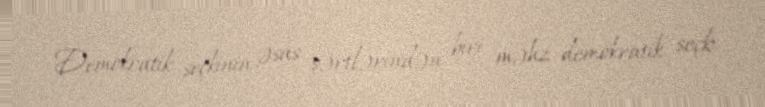
Demokratik seçkinin əsas şərtlərindən biri məhz demokratik seçki